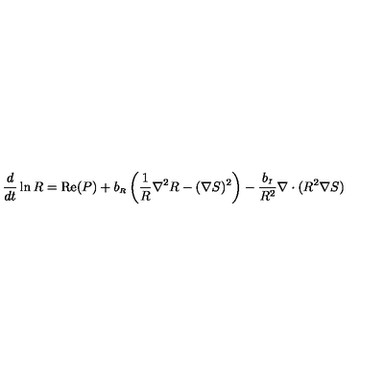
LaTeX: { \frac { d } { d t } } \ln R = \mathrm { R e } ( P ) + b _ { \scriptscriptstyle R } \left( \frac { 1 } { R } \nabla ^ { 2 } R - ( \nabla S ) ^ { 2 } \right) - { \frac { b _ { \scriptscriptstyle I } } { R ^ { 2 } } } \nabla \cdot ( R ^ { 2 } \nabla S )